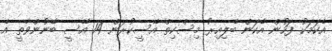
އެކަމަކު ފަހުން އެކަން ބެލިއިރު މިސްކިތް އޭސީކުރަން 14 އޭސީ ބޭނުންވާތީ އެ